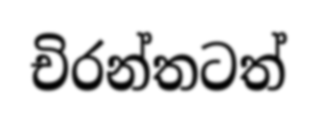
චිරන්තටත්